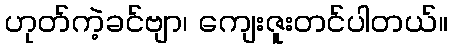
ဟုတ်ကဲ့ခင်ဗျာ၊ ကျေးဇူးတင်ပါတယ်။